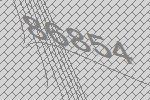
86854